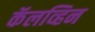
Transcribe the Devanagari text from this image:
कॅलव्हिन